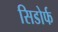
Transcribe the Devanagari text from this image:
सिडोर्फ